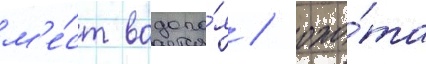
м'е́ст водопо́я / охо́та